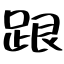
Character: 跟